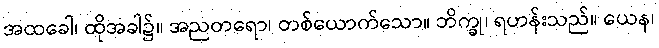
အထခေါ၊ ထိုအခါ၌။ အညတရော၊ တစ်ယောက်သော။ ဘိက္ခု၊ ရဟန်းသည်။ ယေန၊